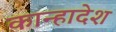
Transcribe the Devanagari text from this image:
कान्हादेश